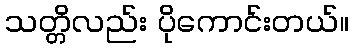
သတ္တိလည်း ပိုကောင်းတယ်။